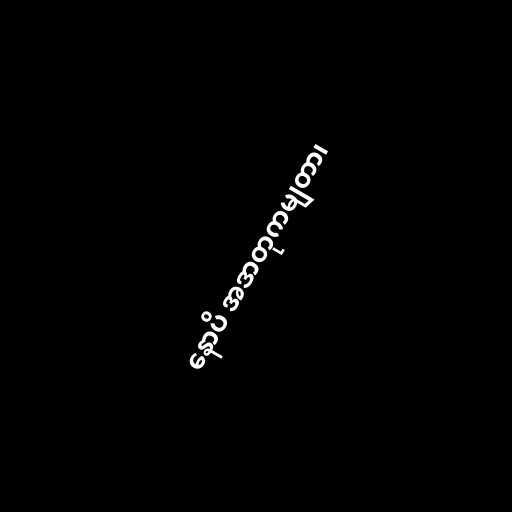
နောပိ အဒာတုကမျတာ၊